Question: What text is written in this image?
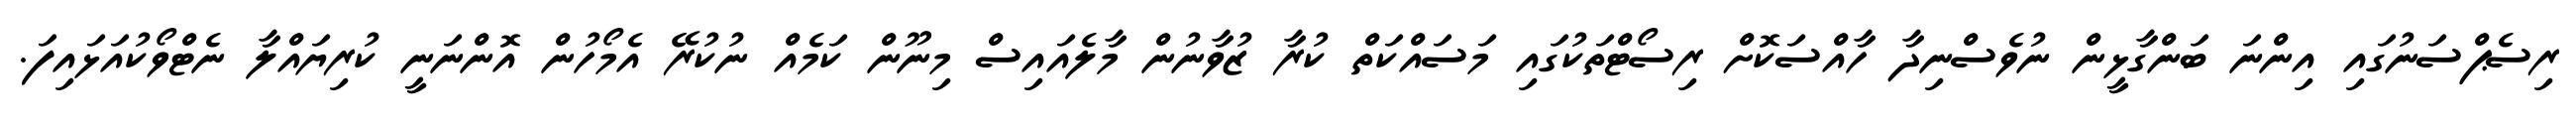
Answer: ރިސެޕްސަނުގައި އިންނަ ބަންގާޅީން ނުވެސްނިދާ ހާއްސަކޮށް ރިސޯޓްތަކުގައި މަސައްކަތް ކުރާ ޒުވާނުން މާލެއައިސް މިނޫން ކަމެއް ނުކުރޭ އެމޯހުން އޮންނަނީ ކުރިޔައްލާ ނެޓްވޯކުއަޅައިފަ.